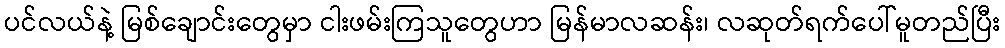
ပင်လယ်နဲ့ မြစ်ချောင်းတွေမှာ ငါးဖမ်းကြသူတွေဟာ မြန်မာလဆန်း၊ လဆုတ်ရက်ပေါ်မူတည်ပြီး